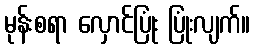
မုန်းစရာ လှောင်ပြုံး ပြုံးလျက်။